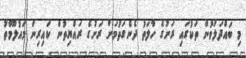
މި ބައްދަލުވުން ތަކުގައި ރަށުގެ ހާލަތު ދެނެގަތުމަށް ރަށުގެ ރައްޔިތުން ކައިރިން މައުލޫމާތު